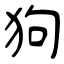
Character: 狗